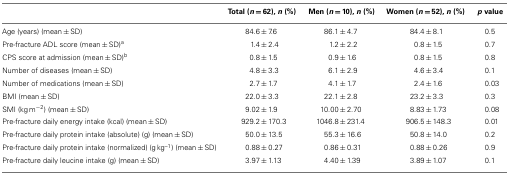
|  | Total (n = 62), n (%) | Men (n = 10), n (%) | Women (n = 52), n (%) | p value |
 | --- | --- | --- | --- | --- |
 | Age (years) (mean ± SD) | 84.6 ± 7.6 | 86.1 ± 4.7 | 84.4 ± 8.1 | 0.5 |
 | Pre-fracture ADL score (mean ± SD)a | 1.4 ± 2.4 | 1.2 ± 2.2 | 0.8 ± 1.5 | 0.7 |
 | CPS score at admission (mean ± SD)b | 0.8 ± 1.5 | 0.9 ± 1.6 | 0.8 ± 1.5 | 0.8 |
 | Number of diseases (mean ± SD) | 4.8 ± 3.3 | 6.1 ± 2.9 | 4.6 ± 3.4 | 0.1 |
 | Number of medications (mean ± SD) | 2.7 ± 1.7 | 4.1 ± 1.7 | 2.4 ± 1.6 | 0.03 |
 | BMI (mean ± SD) | 22.0 ± 3.3 | 22.1 ± 2.8 | 23.2 ± 3.3 | 0.3 |
 | SMI (kg m−2) (mean ± SD) | 9.02 ± 1.9 | 10.00 ± 2.70 | 8.83 ± 1.73 | 0.08 |
 | Pre-fracture daily energy intake (kcal) (mean ± SD) | 929.2 ± 170.3 | 1046.8 ± 231.4 | 906.5 ± 148.3 | 0.01 |
 | Pre-fracture daily protein intake (absolute) (g) (mean ± SD) | 50.0 ± 13.5 | 55.3 ± 16.6 | 50.8 ± 14.0 | 0.2 |
 | Pre-fracture daily protein intake (normalized) (g kg–1) (mean ± SD) | 0.88 ± 0.27 | 0.86 ± 0.31 | 0.88 ± 0.26 | 0.9 |
 | Pre-fracture daily leucine intake (g) (mean ± SD) | 3.97 ± 1.13 | 4.40 ± 1.39 | 3.89 ± 1.07 | 0.1 |